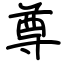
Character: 尊